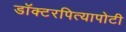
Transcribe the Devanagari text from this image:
डॉक्टरपित्यापोटी